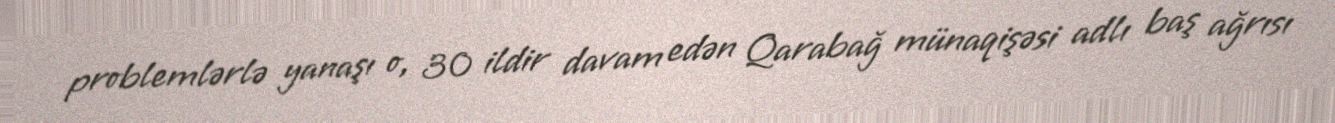
problemlərlə yanaşı o, 30 ildir davam edən Qarabağ münaqişəsi adlı baş ağrısı